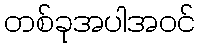
တစ်ခုအပါအဝင်